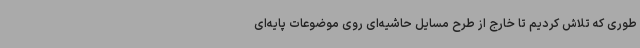
طوری که تلاش کردیم تا خارج از طرح مسایل حاشیه‌ای روی موضوعات پایه‌ای